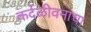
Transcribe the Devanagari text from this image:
कर्दळीवनाचा